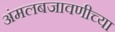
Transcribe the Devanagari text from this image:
अंमलबजावणीच्या